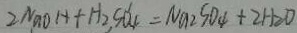
2 N a O H + H _ { 2 } S O _ { 4 } = N a _ { 2 } S O _ { 4 } + 2 H _ { 2 } O